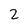
Character: 2